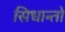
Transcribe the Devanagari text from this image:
सिधान्तो